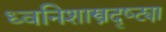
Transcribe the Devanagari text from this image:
ध्वनिशास्त्रदृष्ट्या